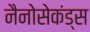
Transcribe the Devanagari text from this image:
नैनोसेकंड्स